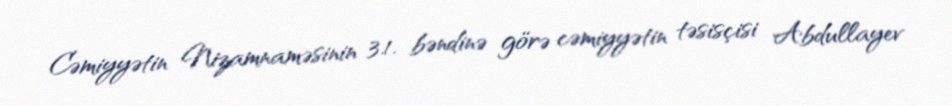
Cəmiyyətin Nizamnaməsinin 3.1. bəndinə görə cəmiyyətin təsisçisi Abdullayev